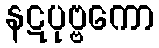
နဋပုဗ္ဗကော